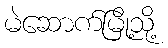
မဲဆောက်မြို့သို့